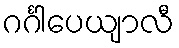
ဂင်္ဂါပေယျာလီ